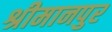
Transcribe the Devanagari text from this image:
श्रीमानपुर